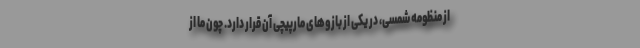
از منظومه شمسی، در یکی از بازو‌های مارپیچی آن قرار دارد. چون ما از